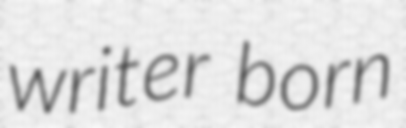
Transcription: writer born